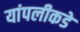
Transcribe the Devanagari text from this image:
यांपलीकडे